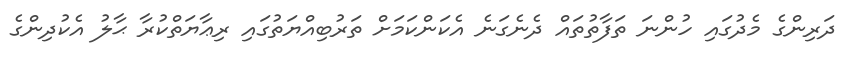
ދަރިންގެ މެދުގައި ހުންނަ ތަފާތުތައް ދެނެގަނެ އެކަންކަމަށް ތަރުބިއްޔަތުގައި ރިޢާޔަތްކުރާ ޙާލު އެކުދިންގެ